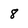
Character: 8